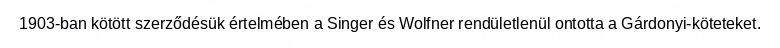
1903-ban kötött szerződésük értelmében a Singer és Wolfner rendületlenül ontotta a Gárdonyi-köteteket.